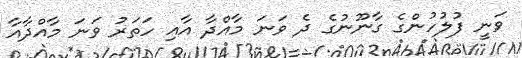
ވަނީ ފުލުހުންގެ ގާނޫނުގެ ދެ ވަނަ މާއްދާ އާއި ހަތަރު ވަނަ މާއްދާއާ